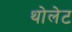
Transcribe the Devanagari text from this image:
थोलेट